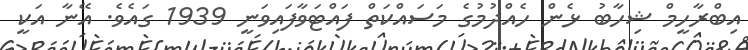
އިބްރާހީމް ޝިހާބު ޅެން ހެއްދުމުގެ މަސައްކަތް ފައްޓަވާފައިވަނީ 1939 ގައެވެ. އޭނާ އަކީ